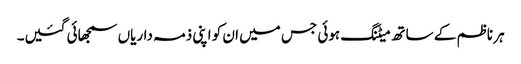
ہر ناظم کے ساتھ میٹنگ ہوئی جس میں ان کو اپنی ذمہ داریاں سمجھائی گئیں۔